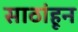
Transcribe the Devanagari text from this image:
साठांहून